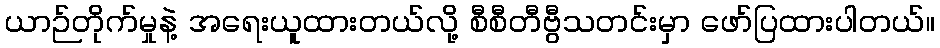
ယာဉ်တိုက်မှုနဲ့ အရေးယူထားတယ်လို့ စီစီတီဗွီသတင်းမှာ ဖော်ပြထားပါတယ်။